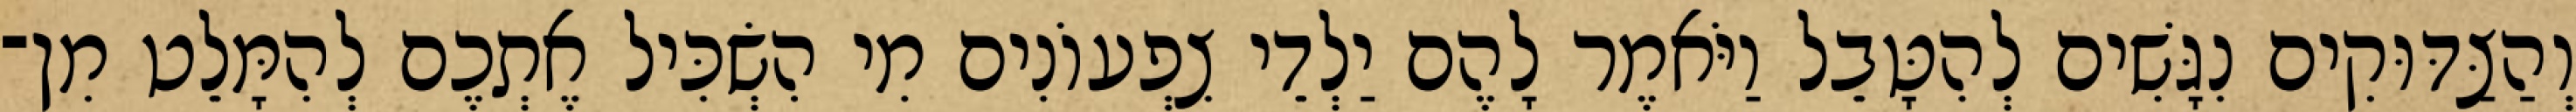
וְהַצַּדּוּקִים נִגָּשִׁים לְהִטָּבֵל וַיֹּאמֶר לָהֶם יַלְדֵי צִפְעוֹנִים מִי הִשְׂכִּיל אֶתְכֶם לְהִמָּלֵט מִן־